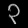
Digit: ၃